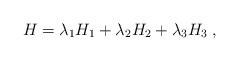
\begin{align*}H = \lambda_1H_1 + \lambda_2H_2 + \lambda_3H_3 \; ,\end{align*}